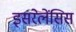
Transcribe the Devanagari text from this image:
इसरेलेंसिस